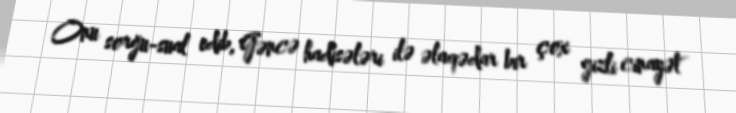
Onu sorğu-sual edib, Gəncə hadisələri ilə əlaqədar bir çox gizli cinayət